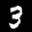
Label: 3